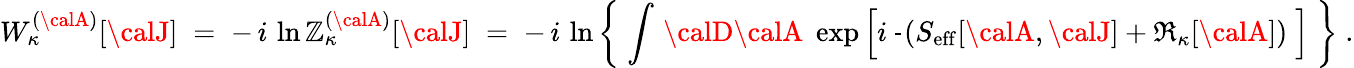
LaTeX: W_{\kappa}^{({\calA})}[{\calJ}]\; =\; -\, i\, \ln\mathbb{Z}_{\kappa}^{({\calA})}[{\calJ}]\; =\; -\, i\, \ln\left\{ \; \int\, {\calD}{\calA}\; \exp\left[i\, \frac{{}}{{}}\left(S_{\mathrm{{eff}}}[{\calA},{\calJ}]+\Re_{\kappa}[{\calA}]\right)\; \right]\; \right\} \; .